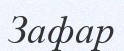
Зафар